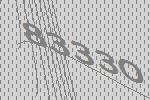
83330